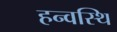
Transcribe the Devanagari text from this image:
हन्वस्थि